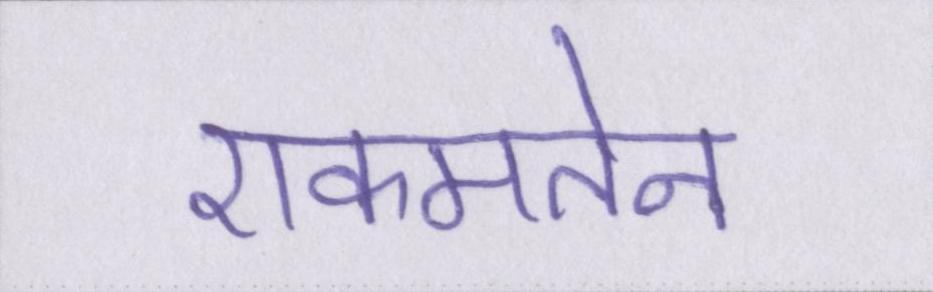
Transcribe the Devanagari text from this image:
एकमतेन